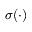
\sigma ( \cdot )